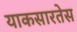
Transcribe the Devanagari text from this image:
याकसारतेस